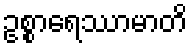
ဥစ္စာရေဿာမာတိ